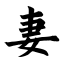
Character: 妻